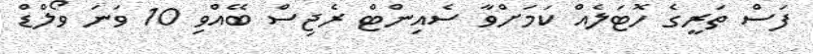
ފަސް ތަރީގެ ހޮޓަލެއް ކަމަށްވާ ސެއިންޓް ރެޖިސް ބޭއްވި 10 ވަނަ ވޯލްޑް